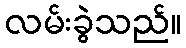
လမ်းခွဲသည်။